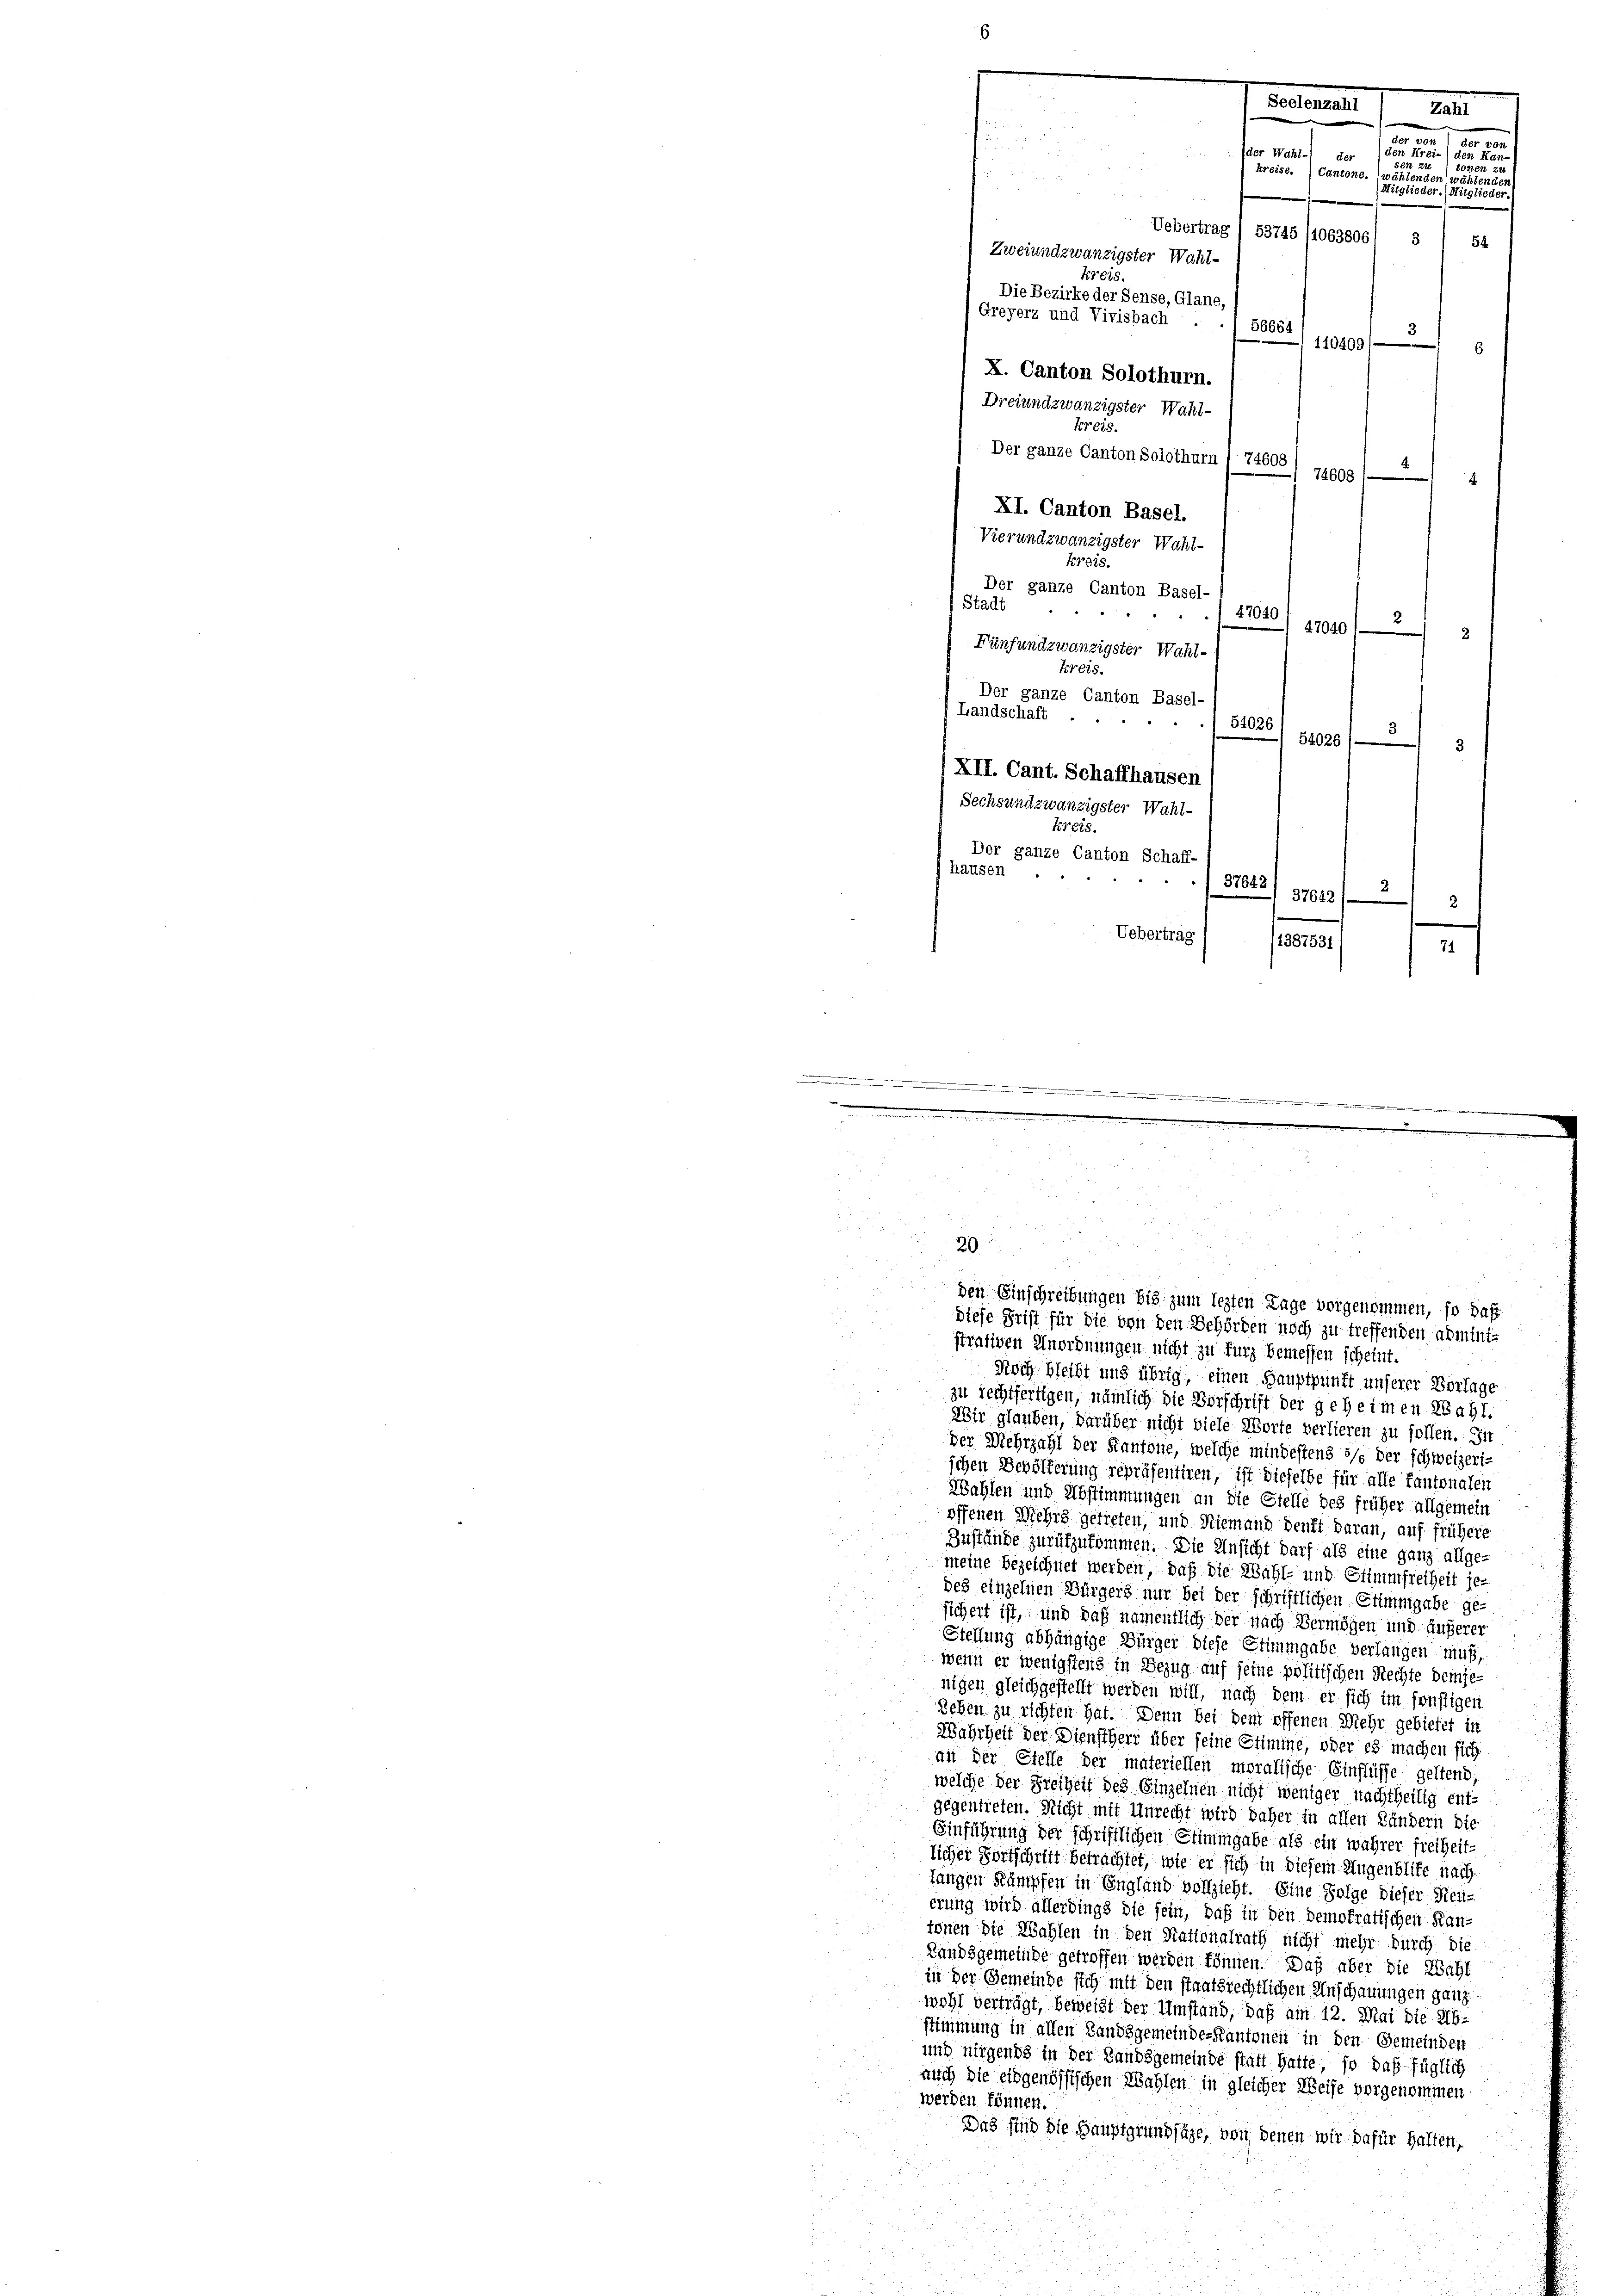
Zweiundzwanzigster Wahl-
Kreis.
Die Bezirke der Sense, Glane,
Greyerz und Vivisbach .
5665.
6
X. Canton Solothurn.
Dreiundzwanzigster Wahl¬
Der ganze Canton Solothurn I 74608
74608/
4
XI. Canton Basel.
Vierundzwanzigster Wahl-
kreis.
Der ganze Canton Basel-
Stadt
4704.
47040/
2.
Fünfundzwanzigster Wahl¬
Kreis.
Der ganze Canton Basel-
Landschaft
"
54026
34026/9
3
XII. Cant. Schaffhausen
Sechsundzwanzigster Wahl-
Kreis.
Der ganze Canton Schaff-
hausen
37642
37622/2 2
Uebertrag
(1387531
71

.
e

29.

Seelenzahl
Zahl
der 1
der von
der Wahl-) der
d1.
802
Preiss. Cantone. Er seine eine einer sie er seine eine
Mitglieder. Mitglied

Uebertrag / 53745 (tosssos 1 3 / 52

110409/

.
.

e
den Einschreibungen bis zum lezten Lage vorgenommen, so daß

diese Frist für die von den Behörden noch zu treffenden administrativen Anordnungen nicht zu kurz bemessen scheint.
Dioch bleibt und übrig, einen Hauptpunkt unserer Vorlage
zu rechtfertigen, nämlich die Vorschrift der geheimen Zahl.
Wir glauben, darüber nicht viele Worte verlieren zu sollen. Dir
Der Mehrzahl der Kantone, welche mindestens 5% der schweizerischen Bevölkerung repräsentiren, ist dieselbe für alle Kantonalen
Wahlen und Abstimmungen an die Stelle des früher allgemein
offenen Mehrs getreten, und Niemand denkt daran, auf frühere
Zustände zurükzukommen. Die Unsicht darf als eine ganz allge-
meine bezeichnet werden, daß die Wahl- und Stimmfreiheit je-
des einzelnen Bürgers nur bei der schriftlichen Stimmigabe ge-
sichert ist, und daß namentlich der nach Vermögen und äußerer
Stellung abhängige Bürger diese Stimmgabe verlangen muß,
wenn er wenigstens in Bezug auf seine politischen Rechte demjenigen gleichgestellt werden will, nach dem er sich im sonstigen
u
Leben zu richten hat. Denn bei dem offenen Mehr gebietet in
Wahrheit der Dienstherr über seine Stimme, oder es machen sich
an der Stelle der materiellen moralische Einflüsse geltend;
welche der Freiheit des Einzelnen nicht weniger nachtheilig ent-
gegentreten. Nicht mit Unrecht wird daher in allen Ländern die
Einführung der schriftlichen Stimmgabe als ein wahrer freiheit-
licher Fortschritt betrachtet, wie er sich in diesem Augenblike nach
langen Kämpfen in England vollzieht. Eine Folge dieser Neu-
erung wird allerdings die sein, daß in den demokratischen Kantönen die Wahlen in den Kattonalrath nicht mehr durch die
Landsgemeinde getroffen werden können. Daß aber die Wahl
in der Gemeinde sich mit den staatsrechtlichen Anschauungen ganz
wohl verträgt, beweist der Umstand, daß am 12. Mai die Abstimmung in allen Landsgemeindes Kantonen in den Gemeinden
und nirgends in der Landsgemeinde statt hatte, so daß füglich
auch die eidgenössischen Wahlen in gleicher Weise vorgenommen
werden können.
Das sind die Hauptgrundsätze, von denen wir dafür halten,